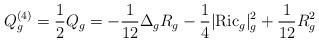
LaTeX: \begin{align*}Q^{(4)}_g=\frac{1}{2}Q_g=-\frac{1}{12}\Delta_gR_g - \frac{1}{4}|\mathrm{Ric}_g|^2_g + \frac{1}{12}R_g^2\end{align*}